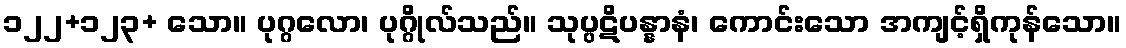
၁၂၂+၁၂၃+ သော။ ပုဂ္ဂလော၊ ပုဂ္ဂိုလ်သည်။ သုပ္ပဋိပန္နာနံ၊ ကောင်းသော အကျင့်ရှိကုန်သော။